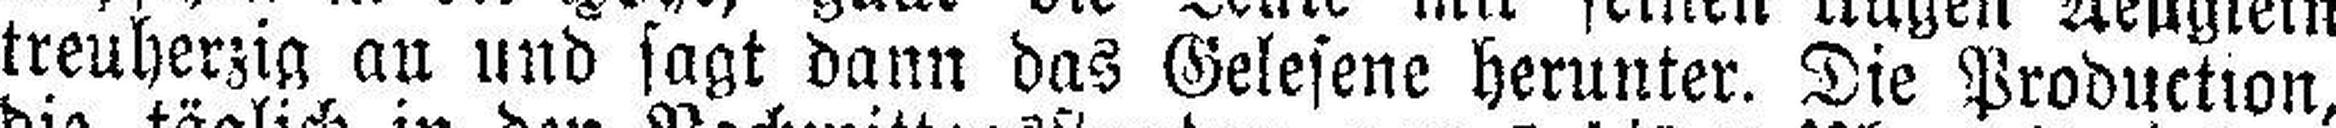
treuherzig an und sagt dann das Gelesene herunter. Die Production,